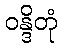
ဝန္ဒိတုံ